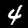
Digit: 4